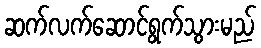
ဆက်လက်ဆောင်ရွက်သွားမည်